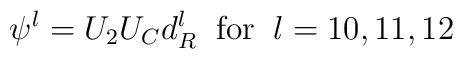
\psi^{l} = U_{2} U_{C} d_{R}^{l} \; \; {\rm for} \; \; l =10, 11, 12